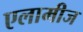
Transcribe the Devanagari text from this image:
एलामीज